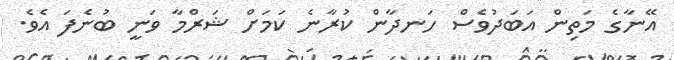
އޭނާގެ މަތިން އަބަދުވެސް ހަނދާން ކުރާނެ ކަމަށް ޝަރްމާ ވަނީ ބުނެފަ އެވެ.